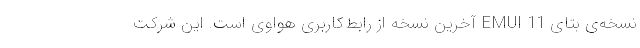
نسخه‌ی بتای EMUI 11 آخرین نسخه از رابط‌کاربری هواوی است. این شرکت